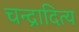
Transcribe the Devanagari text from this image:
चन्द्रादित्य